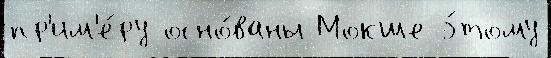
пр'им'е́ру осно́ваны Мокше э́тому